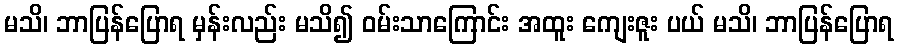
မသိ၊ ဘာပြန်ပြောရ မှန်းလည်း မသိ၍ ဝမ်းသာကြောင်း အထူး ကျေးဇူး ပယ် မသိ၊ ဘာပြန်ပြောရ